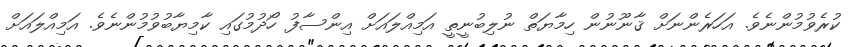
ކުރެވުމުންނެވެ. އަހަރެންނަށް ޤާނޫނުން ހިމާޔަތް ނުލިބުނީތީ އަމިއްލައަށް އިންސާފު ހޯދުމުގައި ކާމިޔާބުވުމުންނެވެ. އަމިއްލައަށް